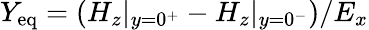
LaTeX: Y_{\mathrm{eq}}=(H_{z}|_{y=0^{+}}-H_{z}|_{y=0^{-}})/E_{x}